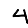
Digit: 4